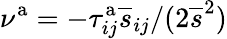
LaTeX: \nu^{\mathrm{a}}=-\tau_{ij}^{\mathrm{a}}\overline{{s}}_{ij}/(2\overline{{s}}^{2})